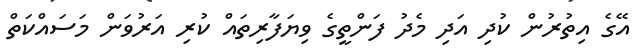
އޭގެ އިތުރުން ކުދި އަދި މެދު ފަންތީގެ ވިޔަފާރިތައް ކުރި އަރުވަން މަސައްކަތް